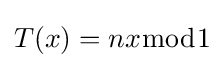
T(x)=nx{\bmod {1}}